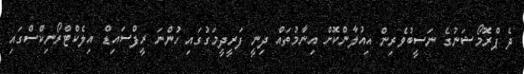
ދެ ޕްރޮމޯޝަނުގެ ނަސީބުވެރިން އިއުލާންކޮށް އިނާމުތައް ދިނީ ފަރީދީމަގުގައި ހުންނަ ރީފްސައިޑް އިލެކްޓްރޯނިކްސްގައި